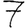
Digit: 7